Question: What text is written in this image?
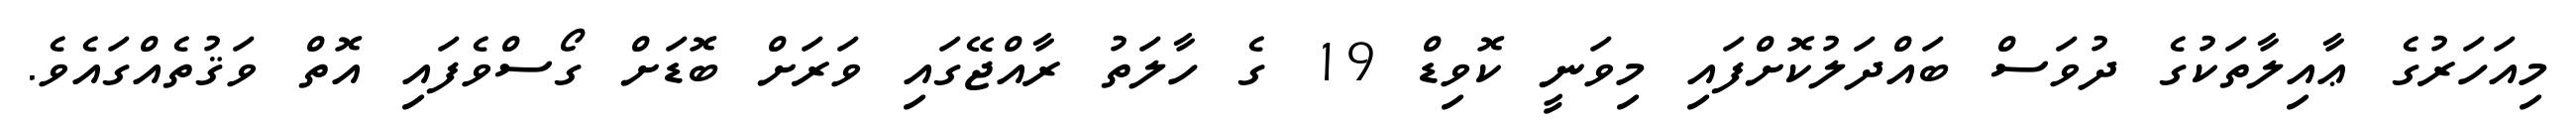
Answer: މިއަހަރުގެ ޢާއިލާތަކުގެ ދުވަސް ބައްދަލުކޮށްފައި މިވަނީ ކޮވިޑް 19 ގެ ހާލަތު ރާއްޖޭގައި ވަރަށް ބޮޑަށް ގޯސްވެފައި އޮތް ވަޤުތެއްގައެވެ.